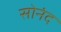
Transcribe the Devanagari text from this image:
सोनंद